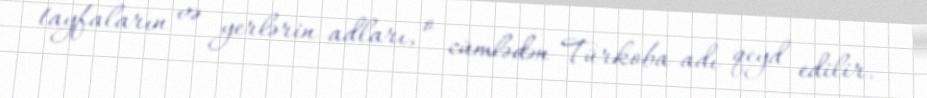
tayfaların və yerlərin adları, o cümlədən Türkoba adı qeyd edilir.